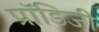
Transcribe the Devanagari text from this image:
प्रॉडिजी